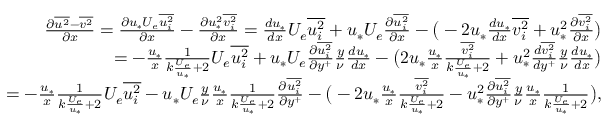
\begin{array} { r } { \frac { \partial \overline { { u ^ { 2 } } } - \overline { { v ^ { 2 } } } } { \partial x } = \frac { \partial u _ { * } U _ { e } \overline { { u _ { i } ^ { 2 } } } } { \partial x } - \frac { \partial u _ { * } ^ { 2 } \overline { { v _ { i } ^ { 2 } } } } { \partial x } = \frac { d u _ { * } } { d x } U _ { e } \overline { { u _ { i } ^ { 2 } } } + u _ { * } U _ { e } \frac { \partial \overline { { u _ { i } ^ { 2 } } } } { \partial x } - \big ( - 2 u _ { * } \frac { d u _ { * } } { d x } \overline { { v _ { i } ^ { 2 } } } + u _ { * } ^ { 2 } \frac { \partial \overline { { v _ { i } ^ { 2 } } } } { \partial x } \big ) } \\ { = - \frac { u _ { * } } { x } \frac { 1 } { k \frac { U _ { e } } { u _ { * } } + 2 } U _ { e } \overline { { u _ { i } ^ { 2 } } } + u _ { * } U _ { e } \frac { \partial \overline { { u _ { i } ^ { 2 } } } } { \partial y ^ { + } } \frac { y } { \nu } \frac { d u _ { * } } { d x } - \big ( 2 u _ { * } \frac { u _ { * } } { x } \frac { \overline { { v _ { i } ^ { 2 } } } } { k \frac { U _ { e } } { u _ { * } } + 2 } + u _ { * } ^ { 2 } \frac { d \overline { { v _ { i } ^ { 2 } } } } { d y ^ { + } } \frac { y } { \nu } \frac { d u _ { * } } { d x } \big ) } \\ { = - \frac { u _ { * } } { x } \frac { 1 } { k \frac { U _ { e } } { u _ { * } } + 2 } U _ { e } \overline { { u _ { i } ^ { 2 } } } - u _ { * } U _ { e } \frac { y } { \nu } \frac { u _ { * } } { x } \frac { 1 } { k \frac { U _ { e } } { u _ { * } } + 2 } \frac { \partial \overline { { u _ { i } ^ { 2 } } } } { \partial y ^ { + } } - \big ( - 2 u _ { * } \frac { u _ { * } } { x } \frac { \overline { { v _ { i } ^ { 2 } } } } { k \frac { U _ { e } } { u _ { * } } + 2 } - u _ { * } ^ { 2 } \frac { \partial \overline { { u _ { i } ^ { 2 } } } } { \partial y ^ { + } } \frac { y } { \nu } \frac { u _ { * } } { x } \frac { 1 } { k \frac { U _ { e } } { u _ { * } } + 2 } \big ) , } \end{array}